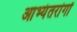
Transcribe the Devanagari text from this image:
आभ्यंतरांगों